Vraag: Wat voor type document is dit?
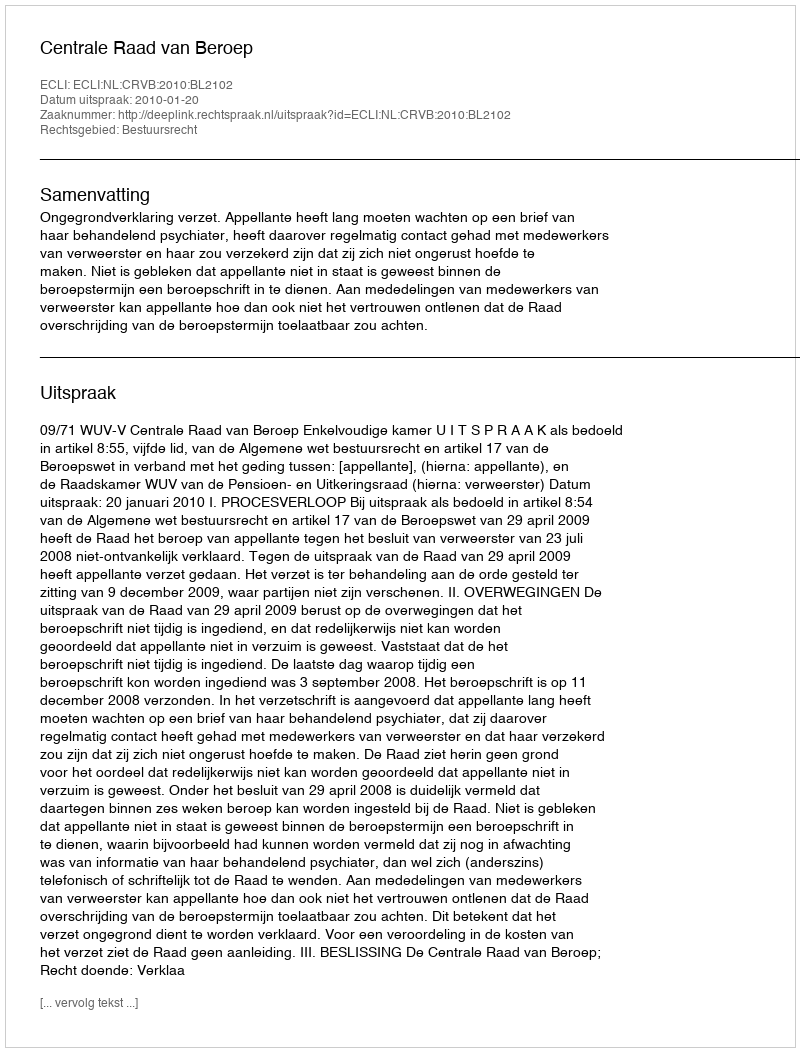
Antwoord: Uitspraak